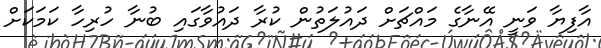
އާފިޔާ ވަނީ އޭނާގެ މައްޗަށް ދައުލަތުން ކުރާ ދައުވާގައި ބުނާ ހުރިހާ ކަމަކަށް